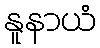
နူနာယံ